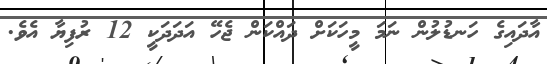
އާދައިގެ ހަނޑުލުން ނަމަ މީހަކަށް ދައްކަން ޖެހޭ އަދަދަކީ 12 ރުފިޔާ އެވެ.